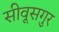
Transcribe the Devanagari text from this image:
सीवूसगुर